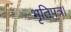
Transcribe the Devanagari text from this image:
भृतिपत्र।